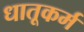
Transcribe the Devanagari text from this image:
धातूकर्म